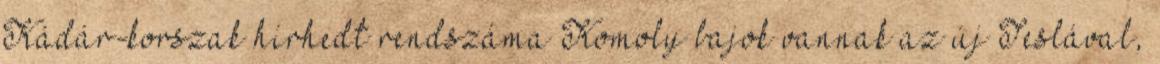
Kádár-korszak hírhedt rendszáma Komoly bajok vannak az új Teslával,